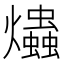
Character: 爞